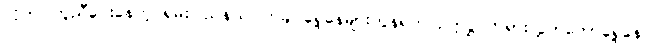
လိုက်ပါကူညီပေးနေတဲ့ ရှမ်းပြည်နယ်၊ ကချင်ရှေ့နေများကွန်ရက် ဥက္ကဋ္ဌ တရားလွှတ်တော်ရှေ့နေ